Vaccination in the Punjab 1905-1918 - 1905-1918
Year: 1905
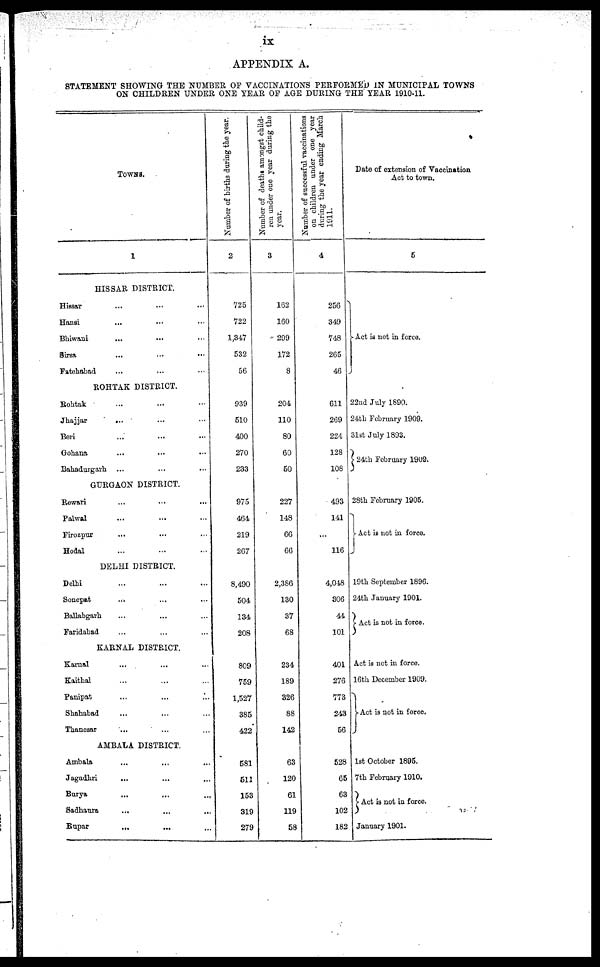
ix
APPENDIX A.
STATEMENT SHOWING THE NUMBER OF VACCINATIONS PERFORMED IN MUNICIPAL TOWNS
ON CHILDREN UNDER ONE YEAR OF AGE DURING THE YEAR 1910-11.
TOWNS.
1
HISSAR DISTRICT.
Hissar ... ... ...
Hansi ... ... ...
Bhiwani ... ... ...
Sirsa
... ... ...
Fatehabad ... ... ...
ROHTAK DISTRICT.
Rohtak ... ... ...
Jhajjar
... ... ...
Beri ... ... ...
Gohana ... ... ...
Bahadurgarh ... ... ...
GURGAON DISTRICT.
Rewari ... ... ...
Palwal ... ... ...
Firozpur ... ... ...
Hodal ... ... ...
DELHI DISTRICT.
Delhi ... ... ...
Sonepat
... ... ...
Ballabgarh ... ... ...
Faridabad ... ... ...
KARNAL DISTRICT.
Karnal ... ... ...
Kaithal ... ... ...
Panipat ... ... ...
Shahabad ... ... ...
Thanesar ... ... ...
AMBALA DISTRICT.
Ambala ... ... ...
Jagadhri
... ... ...
Burya
...
...
...
Sadhaura
... ...
...
Rupar
... ... ...
Number of births during the year.
2
725
722
1,347
532
56
939
510
400
270
233
975
464
219
267
8,490
504
134
208
809
759
1,527
385
422
581
511
153
319
279
Number of deaths amongst child-
ren under one year during the
year.
3
162
160
299
172
8
204
110
80
60
50
227
148
66
66
2,386
130
37
68
234
189
326
88
142
63
120
61
119
58
Number of successful vaccinations
on children under one year
during the year ending March
1911.
4
256
349
748
265
46
611
269
224
128
108
493
141
...
116
4,048
806
44
101
401
276
773
243
56
528
65
63
102
182
Date of extension of Vaccination
Act to town.
5
Act is not in force.
22nd July 1890.
24th February 1909.
31st July 1893.
24th February 1909.
28th February 1905.
Act is not in force.
19th September 1896.
24th January 1901.
Act is not in force.
Act is not in force.
16th December 1909.
Act is not in force.
1st October 1895.
7th February 1910.
Act is not in force.
January 1901.